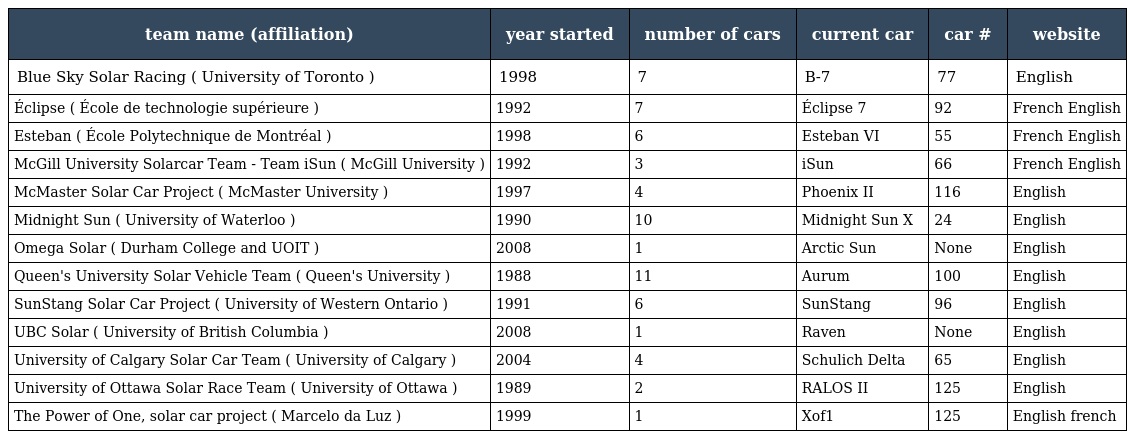
| team name (affiliation) | year started | number of cars | current car | car # | website |
 | --- | --- | --- | --- | --- | --- |
 | Blue Sky Solar Racing ( University of Toronto ) | 1998 | 7 | B-7 | 77 | English |
 | Éclipse ( École de technologie supérieure ) | 1992 | 7 | Éclipse 7 | 92 | French English |
 | Esteban ( École Polytechnique de Montréal ) | 1998 | 6 | Esteban VI | 55 | French English |
 | McGill University Solarcar Team - Team iSun ( McGill University ) | 1992 | 3 | iSun | 66 | French English |
 | McMaster Solar Car Project ( McMaster University ) | 1997 | 4 | Phoenix II | 116 | English |
 | Midnight Sun ( University of Waterloo ) | 1990 | 10 | Midnight Sun X | 24 | English |
 | Omega Solar ( Durham College and UOIT ) | 2008 | 1 | Arctic Sun | None | English |
 | Queen's University Solar Vehicle Team ( Queen's University ) | 1988 | 11 | Aurum | 100 | English |
 | SunStang Solar Car Project ( University of Western Ontario ) | 1991 | 6 | SunStang | 96 | English |
 | UBC Solar ( University of British Columbia ) | 2008 | 1 | Raven | None | English |
 | University of Calgary Solar Car Team ( University of Calgary ) | 2004 | 4 | Schulich Delta | 65 | English |
 | University of Ottawa Solar Race Team ( University of Ottawa ) | 1989 | 2 | RALOS II | 125 | English |
 | The Power of One, solar car project ( Marcelo da Luz ) | 1999 | 1 | Xof1 | 125 | English french |